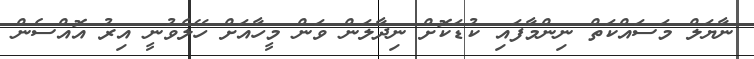
ނާޔަލް މަސައްކަތް ނިންމާފައި ކުޑަކޮށް ނިދާލަން ވަން މީހާއަށް ހޭލެވުނީ އިރު އޮއްސެން